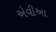
એવીઆ